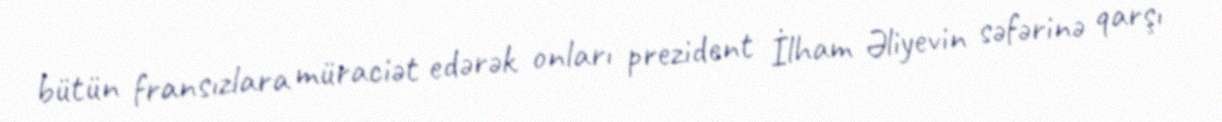
bütün fransızlara müraciət edərək onları prezident İlham Əliyevin səfərinə qarşı